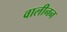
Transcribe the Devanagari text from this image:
वालीनन